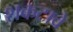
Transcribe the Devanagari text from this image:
शकटावे